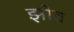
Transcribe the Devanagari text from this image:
झीव